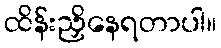
ထိန်းညှိနေရတာပါ။